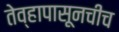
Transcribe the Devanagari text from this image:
तेव्हापासूनचीच